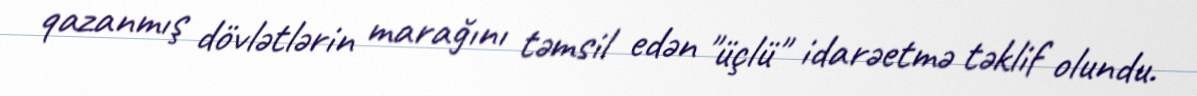
qazanmış dövlətlərin marağını təmsil edən "üçlü" idarəetmə təklif olundu.